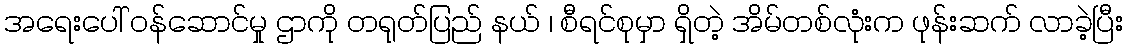
အရေးပေါ် ဝန်ဆောင်မှု ဌာကို တရုတ်ပြည် နယ် ၊ စီရင်စုမှာ ရှိတဲ့ အိမ်တစ်လုံးက ဖုန်းဆက် လာခဲ့ပြီး